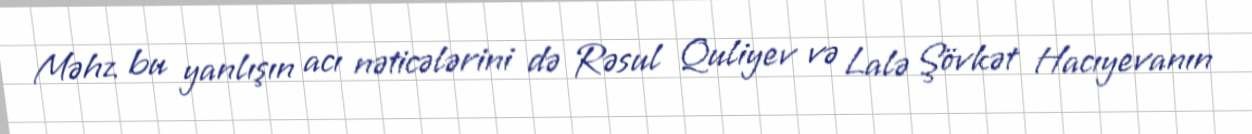
Məhz bu yanlışın acı nəticələrini də Rəsul Quliyev və Lalə Şövkət Hacıyevanın